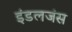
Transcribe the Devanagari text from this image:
इंडलजंस